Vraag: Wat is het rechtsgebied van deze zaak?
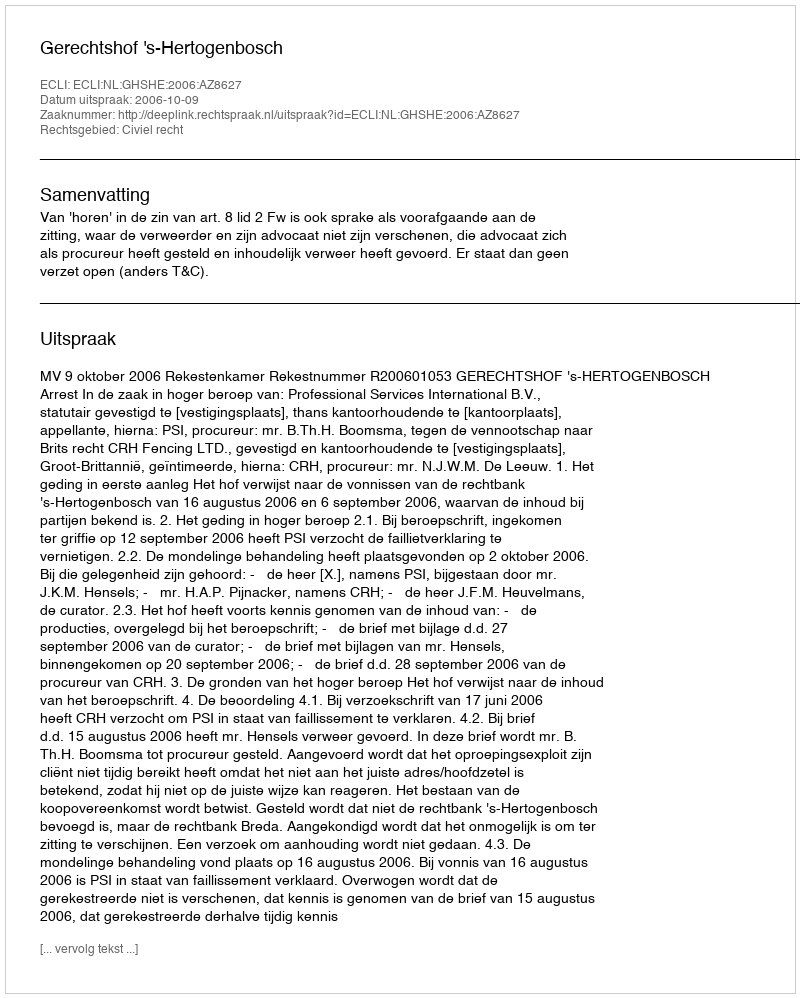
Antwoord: Civiel recht